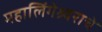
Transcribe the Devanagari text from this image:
महालिंगेश्र्वराचे